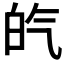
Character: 𤽍